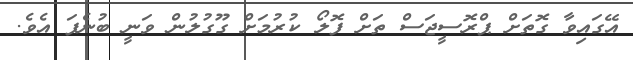
އޭގައިވާ ގޮތަށް ޕްރޮސީޖަސް ތަށް ފޮލޯ ކުރުމަށް ގޫގުލުން ވަނީ ބުނެފަ އެވެ.